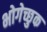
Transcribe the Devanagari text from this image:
भोगेच्छुक